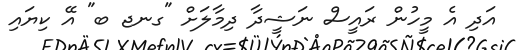
އަދި އެ މީހުން ރައީސް ނަޝީދާ ދިމާލަށް "ގނޖ ބ" އޭ ކިޔައި